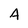
Character: A